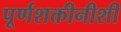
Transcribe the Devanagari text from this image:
पूर्णशक्तीनीशी